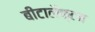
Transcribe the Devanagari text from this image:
बीटालैक्टम